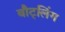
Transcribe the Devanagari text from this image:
बौट्लिंग